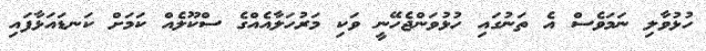
ހުޅުވާލި ނަމަވެސް އެ ތަނުގައި ހުޅުވަންޖެހޭނީ ވަކި މަރުހަލާއެއްގެ ސްކޫލެއް ކަމަށް ކަނޑައަޅާފައި